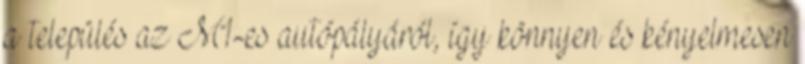
a település az M1-es autópályáról, így könnyen és kényelmesen